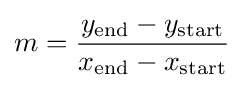
m={\frac {y_{\rm {end}}-y_{\rm {start}}}{x_{\rm {end}}-x_{\rm {start}}}}